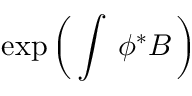
\exp \left( \, \int \, \phi ^ { * } B \, \right)